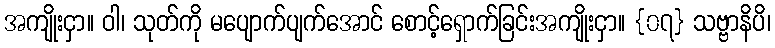
အကျိုးငှာ။ ဝါ၊ သုတ်ကို မပျောက်ပျက်အောင် စောင့်ရှောက်ခြင်းအကျိုးငှာ။ {၀၇} သဗ္ဗာနိပိ၊